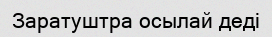
Заратуштра осылай деді